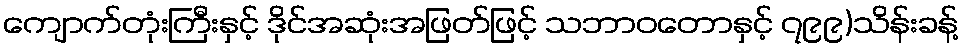
ကျောက်တုံးကြီးနှင့် ဒိုင်အဆုံးအဖြတ်ဖြင့် သဘာဝတောနှင့် ၇၉၉)သိန်းခန့်